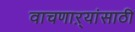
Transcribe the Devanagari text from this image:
वाचणाऱ्यांसाठी